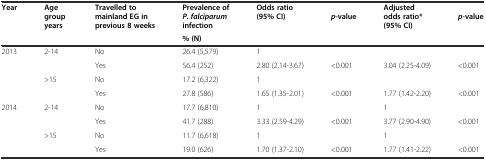
<table><thead><tr><td rowspan="2"><b>Year</b></td><td rowspan="2"><b>Age group years</b></td><td rowspan="2"><b>Travelled to mainland EG in previous 8 weeks</b></td><td><b>Prevalence of<i>P. falciparum</i>infection</b></td><td rowspan="2"><b>Odds ratio (95% CI)</b></td><td rowspan="2"><b><i>p</i>-value</b></td><td rowspan="2"><b>Adjusted odds ratio* (95% CI)</b></td><td rowspan="2"><b><i>p</i>-value</b></td></tr><tr><td><b>% (N)</b></td></tr></thead><tbody><tr><td>2013</td><td>2-14</td><td>No</td><td>26.4 (5,579)</td><td>1</td><td></td><td></td><td></td></tr><tr><td></td><td></td><td>Yes</td><td>56.4 (252)</td><td>2.80 (2.14-3.67)</td><td>&lt;0.001</td><td>3.04 (2.25-4.09)</td><td>&lt;0.001</td></tr><tr><td></td><td>&gt;15</td><td>No</td><td>17.2 (6,322)</td><td>1</td><td></td><td></td><td></td></tr><tr><td></td><td></td><td>Yes</td><td>27.8 (586)</td><td>1.65 (1.35-2.01)</td><td>&lt;0.001</td><td>1.77 (1.42-2.20)</td><td>&lt;0.001</td></tr><tr><td>2014</td><td>2-14</td><td>No</td><td>17.7 (6,810)</td><td>1</td><td></td><td>1</td><td></td></tr><tr><td></td><td></td><td>Yes</td><td>41.7 (288)</td><td>3.33 (2.59-4.29)</td><td>&lt;0.001</td><td>3.77 (2.90-4.90)</td><td>&lt;0.001</td></tr><tr><td></td><td>&gt;15</td><td>No</td><td>11.7 (6,618)</td><td>1</td><td></td><td>1</td><td></td></tr><tr><td></td><td></td><td>Yes</td><td>19.0 (626)</td><td>1.70 (1.37-2.10)</td><td>&lt;0.001</td><td>1.77 (1.41-2.22)</td><td>&lt;0.001</td></tr></tbody></table>